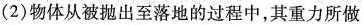
(2)物体从被抛出至落地的过程中，其重力所做